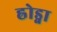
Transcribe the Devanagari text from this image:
ह्रोड्ना